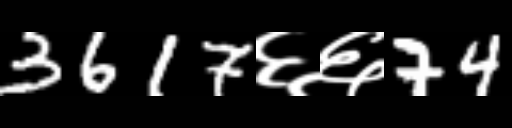
Text: 3617६६74